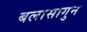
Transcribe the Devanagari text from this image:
बलासागुन